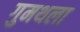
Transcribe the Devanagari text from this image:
गुमथला